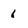
Character: 6